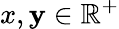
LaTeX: x,\mathbf{y}\in\mathbb{R}^{+}